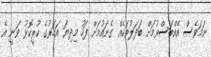
ނަމަވެސް އެއްބަސްވުމަށް ބަދަލުތަކެއް ގެނައުމަަށް ފަހު މިދިޔަ އަހަރުގެ ކުރީކޮޅު ވަނީ އެ